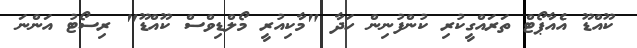
ކޫއްޑޫ އެއާޕޯޓް ތަރައްގީކުރި ކުންފުނިން ހަދާ "މާކިއުރީ މޯލްޑިވްސް ކޫއްޑޫ" ރިސޯޓު އަންނަ